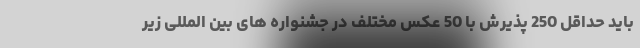
باید حداقل 250 پذیرش با 50 عکس مختلف در جشنواره های بین المللی زیر